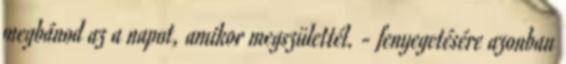
megbánod az a napot, amikor megszülettél. - fenyegetésére azonban